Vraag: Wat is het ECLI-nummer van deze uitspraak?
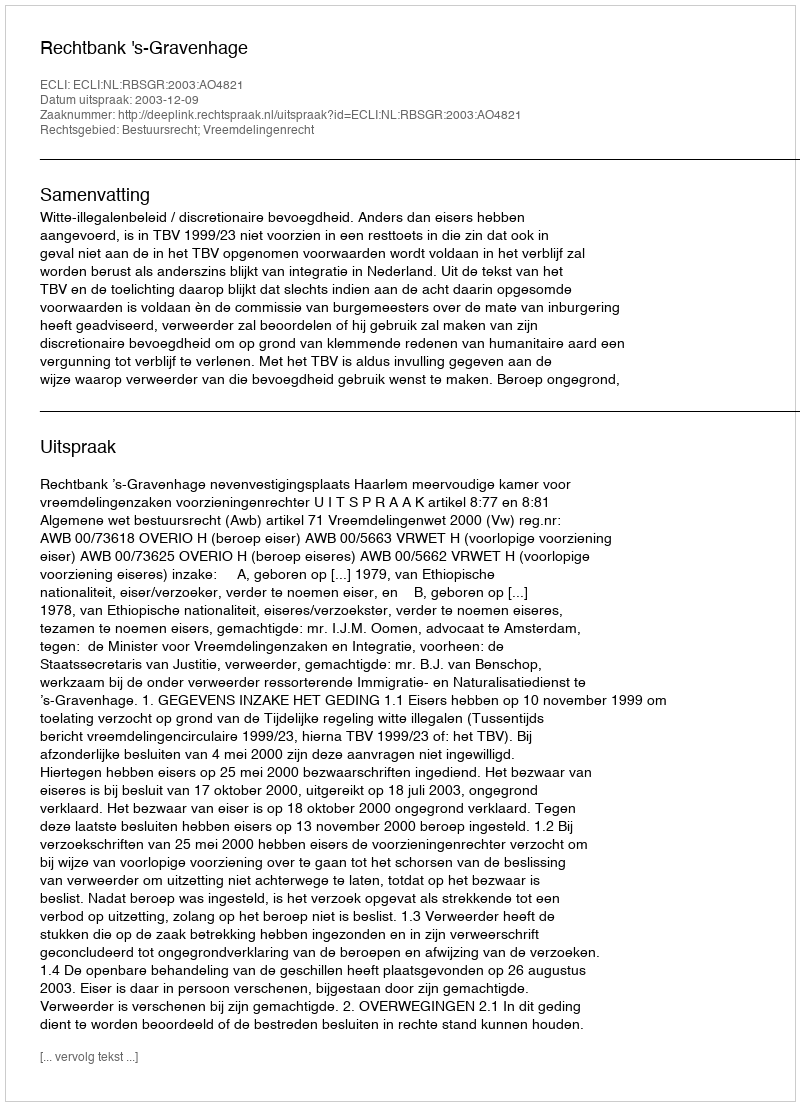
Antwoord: ECLI:NL:RBSGR:2003:AO4821